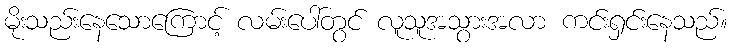
မိုးသည်းနေသောကြောင့် လမ်းပေါ်တွင် လူသူအသွားအလာ ကင်းရှင်းနေသည်။